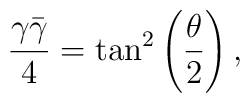
\frac{ \gamma \bar{\gamma}}{4} =\tan^2 \left( \frac{ \theta}{2} \right) ,